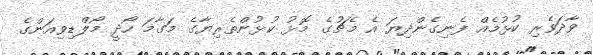
ވާދަވެރި ކުޅުމެއް ފެނިގެންދިޔަ އެ މެޗުގެ މޮޅު ކުޅުންތެރިޔާގެ މަގާމަ ހޯދީ މޯލްޑިވިއަންގެ